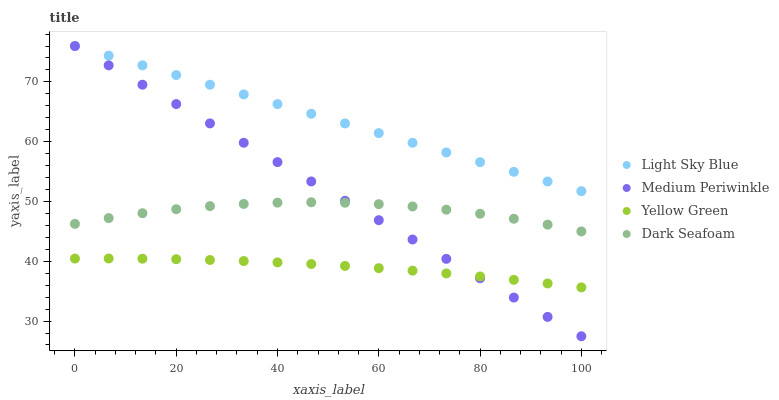
| xaxis_label | Light Sky Blue | Medium Periwinkle | Yellow Green | Dark Seafoam |
 | --- | --- | --- | --- | --- |
 | 0 | 76 | 76 | 40.5 | 46.3 |
 | 6.67 | 74.4 | 72.8 | 40.5 | 47.2 |
 | 13.3 | 72.8 | 69.5 | 40.4 | 48 |
 | 20 | 71.1 | 66.3 | 40.3 | 48.7 |
 | 26.7 | 69.5 | 63.1 | 40.2 | 49.2 |
 | 33.3 | 67.9 | 59.8 | 40 | 49.6 |
 | 40 | 66.3 | 56.6 | 39.8 | 49.8 |
 | 46.7 | 64.7 | 53.3 | 39.5 | 49.9 |
 | 53.3 | 63.1 | 50.1 | 39.2 | 49.8 |
 | 60 | 61.4 | 46.9 | 38.9 | 49.6 |
 | 66.7 | 59.8 | 43.6 | 38.4 | 49.2 |
 | 73.3 | 58.2 | 40.4 | 38 | 48.6 |
 | 80 | 56.6 | 37.2 | 37.5 | 47.9 |
 | 86.7 | 55 | 33.9 | 36.9 | 47.1 |
 | 93.3 | 53.3 | 30.7 | 36.3 | 46.1 |
 | 100 | 51.7 | 27.5 | 35.6 | 45 |